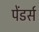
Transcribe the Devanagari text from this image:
पेंडर्स